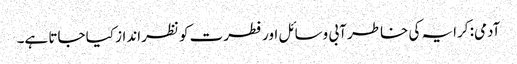
آدمی: کرایہ کی خاطر آبی وسائل اور فطرت کو نظرانداز کیا جاتا ہے۔